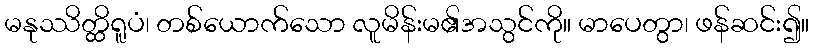
မနုဿိတ္ထိရူပံ၊ တစ်ယောက်သော လူမိန်းမ၏အသွင်ကို။ မာပေတွာ၊ ဖန်ဆင်း၍။